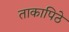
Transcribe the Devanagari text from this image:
ताकापिठे